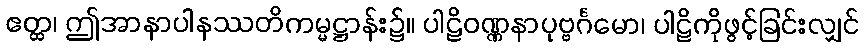
ဧတ္ထ၊ ဤအာနာပါနဿတိကမ္မဋ္ဌာန်း၌။ ပါဠိဝဏ္ဏနာပုဗ္ဗင်္ဂမော၊ ပါဠိကိုဖွင့်ခြင်းလျှင်